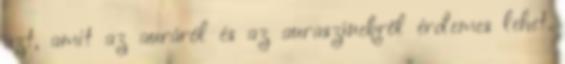
azt, amit az auráról és az auraszínekről érdemes lehet